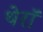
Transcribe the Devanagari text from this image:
थेरॉ